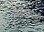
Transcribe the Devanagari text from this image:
अक्टोपसी